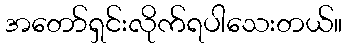
အတော်ရှင်းလိုက်ရပါသေးတယ်။